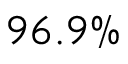
9 6 . 9 \%